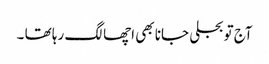
آج تو بجلی جانا بھی اچھا لگ رہا تھا ۔